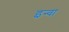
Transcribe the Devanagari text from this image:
इन्वा